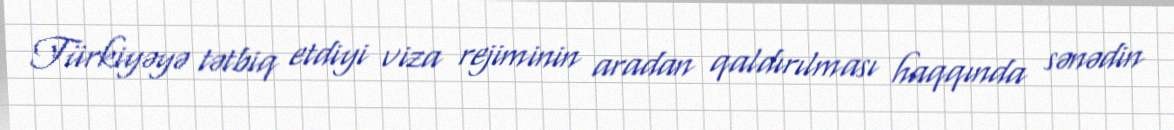
Türkiyəyə tətbiq etdiyi viza rejiminin aradan qaldırılması haqqında sənədin